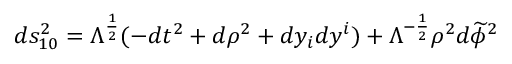
d s _ { 1 0 } ^ { 2 } = \Lambda ^ { \frac { 1 } { 2 } } ( - d t ^ { 2 } + d \rho ^ { 2 } + d y _ { i } d y ^ { i } ) + \Lambda ^ { - \frac { 1 } { 2 } } \rho ^ { 2 } d \widetilde { \phi } ^ { 2 }